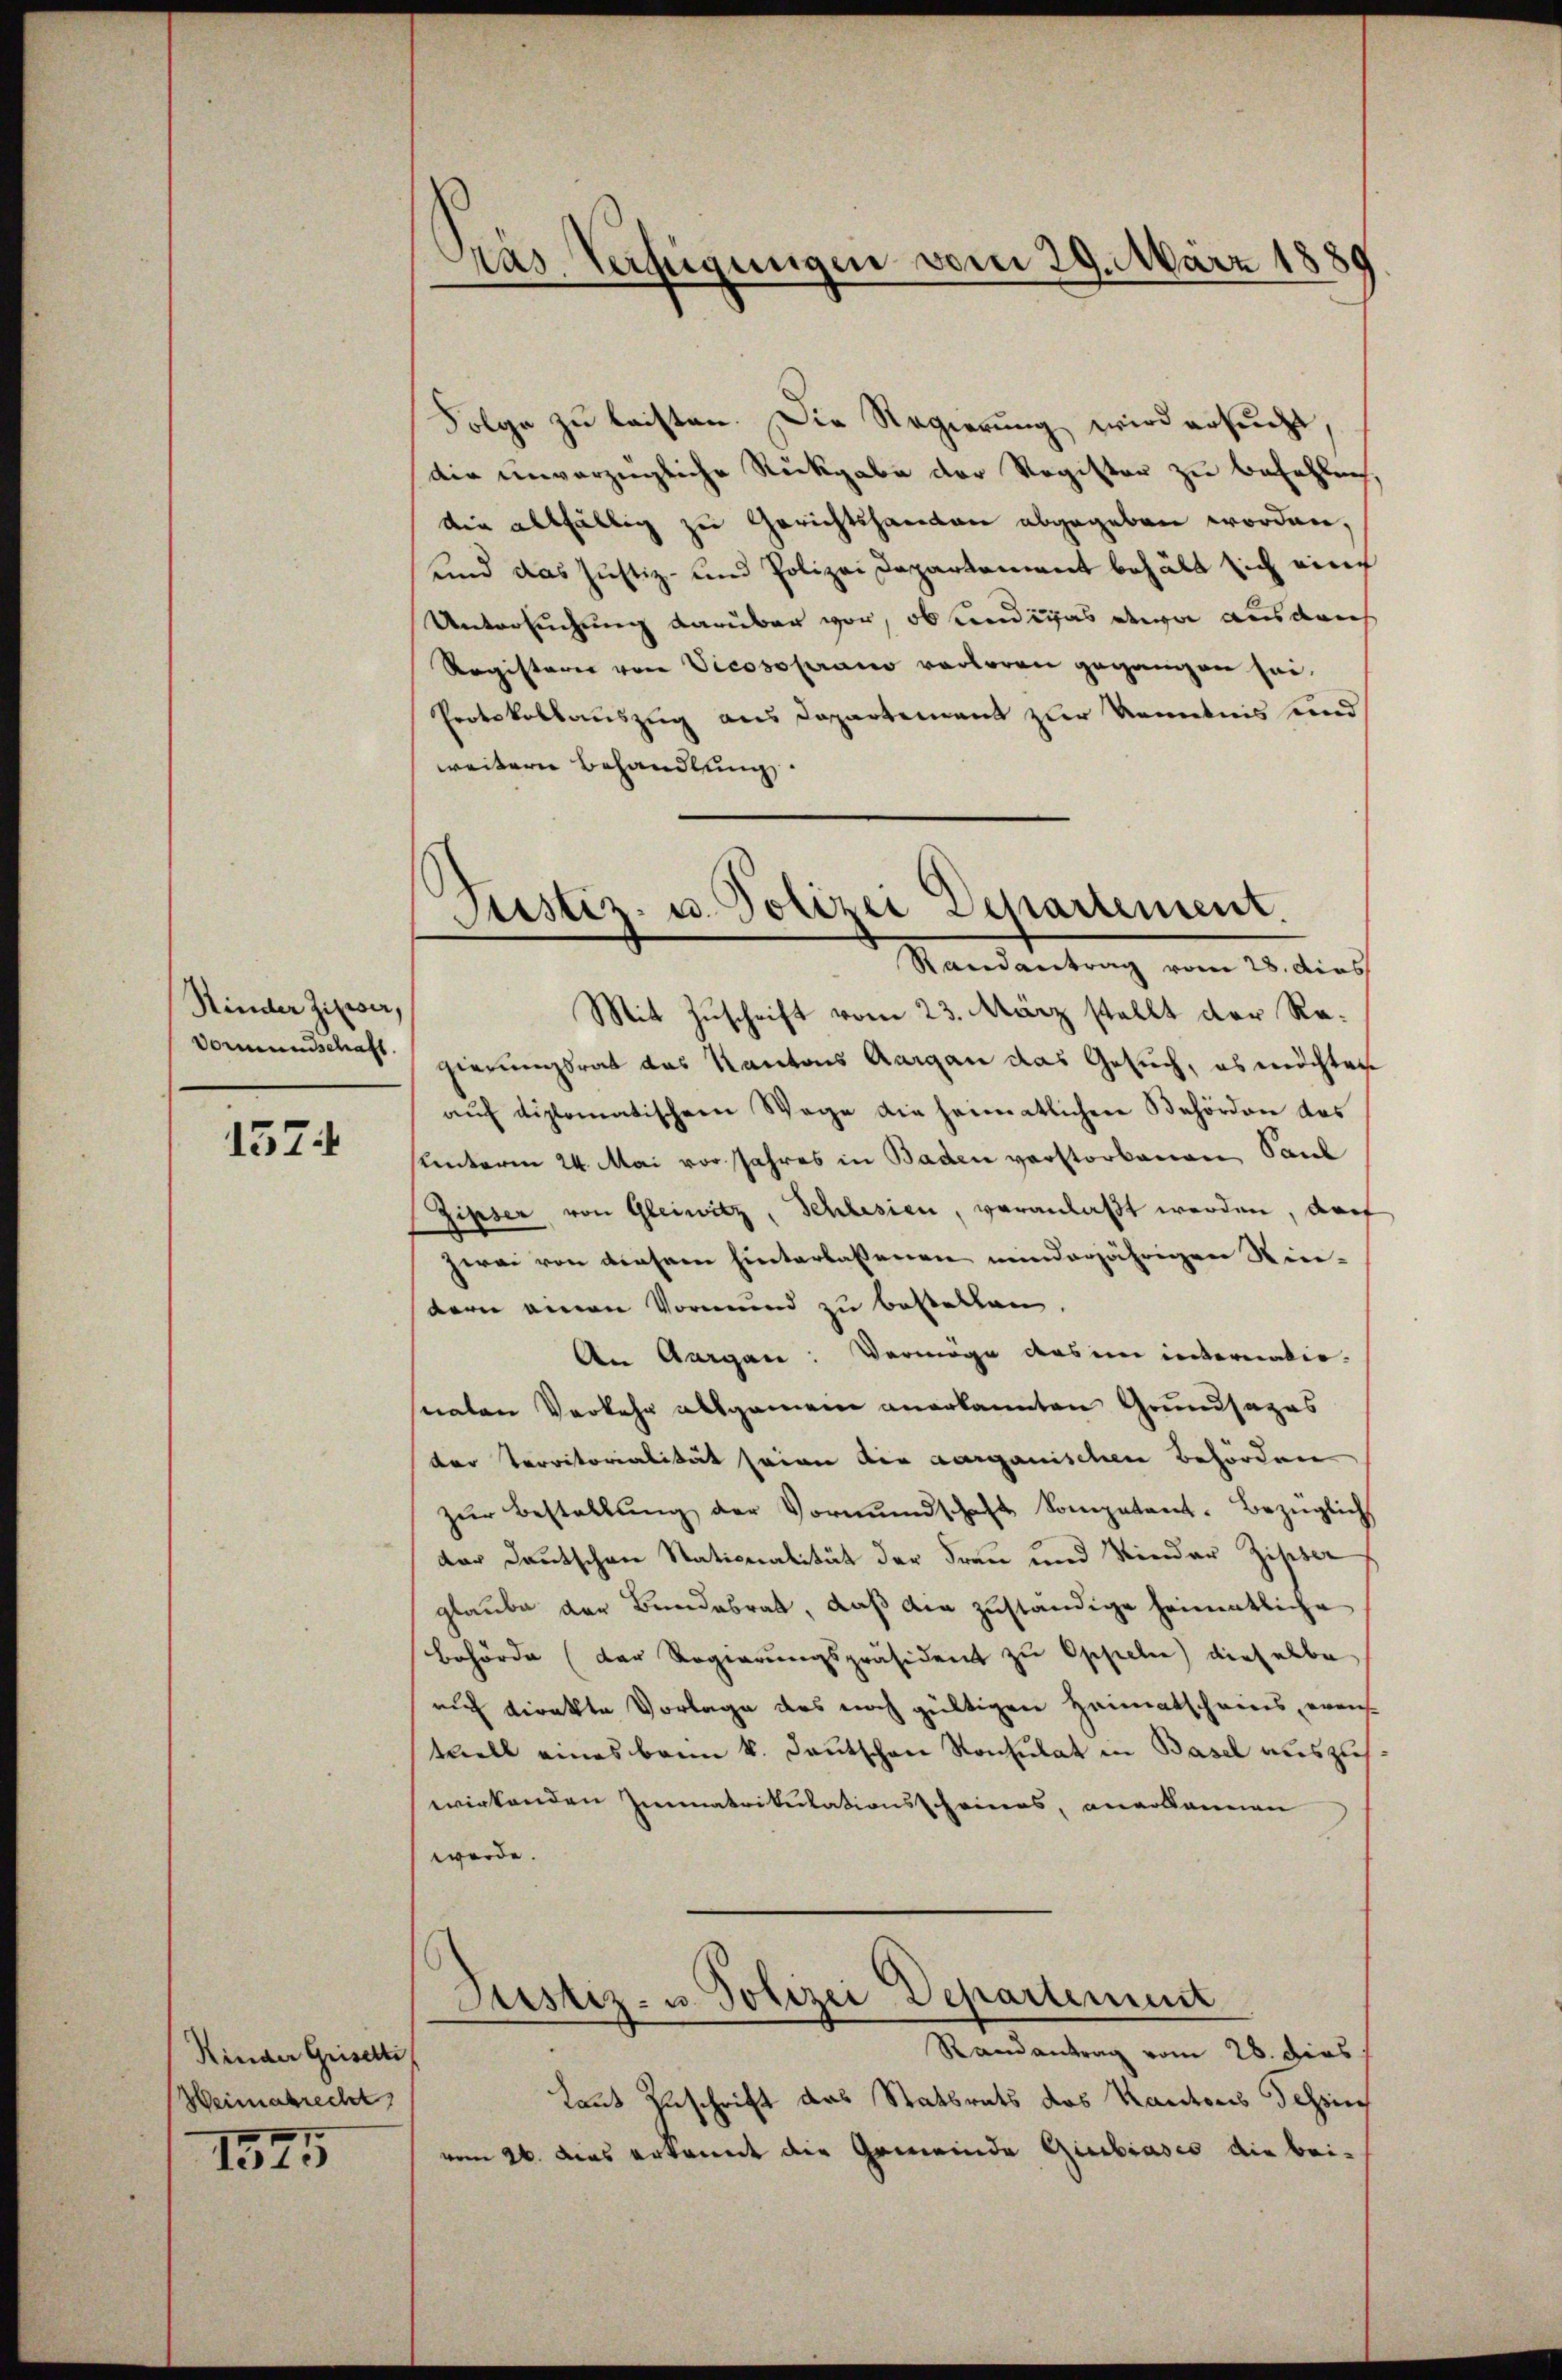
Hinder Zinser,
Vormundschaft.

1574

Kinder Griselli
Weimatrecht,

1575

Pas Verfügungen vom 29. März 1881

Justiz- u. Polizei Departement.
Randantrag vom 28. dies

Folge zu leisten. Die Regierung wird ersucht,
die unverzügliche Rückgabe der Register zu befehlech,
die allfällig zu Gerichtshanden abgegeben worden,
und das Justiz- und Polizei Departement behält sich eine
Untersuchung darüber vor, ob undiges etwa ausdruch
Registerer von Vicosoprano verloren gegangen sei.
Protokollauszug aus Departement zur Kenntnis und
weitern Behandlung.
Mit Zuschrift vom 23. März stellt der Regierungsrat das Kantons Aargau das Gesuch, es möchten
aŭf diplomatischem Wege die heimatlichen Behörden das
unterm 24. Mai vor Jahres in Baden verstorbenen Paul
Zipser, von Gleiwitz, Schlesien, veranlaßt werden, darf
zwei von diesem hinterlassenen minderjährigen Nie-
dern einen Vormund zu bestellen.
An Aargau: Vermöge des im internationaten Verkehr allgemen anerkannten Grundsazas
der Territorialität seien die aarganischen Behörden
zŭr Bestallŭng der Vormundschaft Somptant. Bezüglich
dar Deutschen Stationalität der Frau und Kinder Zister
glaube der Bundesrat, daß die zuständige heimatliche
behörde (der Regierungspräsident zu Oppele) dieselbe
auch direkte Vorlage des noch gültigen Heimatscheins, eventuell eines bann k. Deutschen Konsulat in Basel auszuh
wirkenden Immatrikulationsscheines, anerkannen
werde.
Justiz- u. Polizei Departement
Randantrag vom 28. Dies
Laut Zuschrift das Statsrats das Kantons Tessin
vom 26. das erkannt die Gemeinde Giubiasco die bei¬